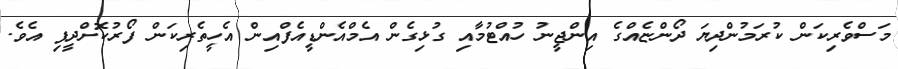
މަސްވެރިކަން ކުރަމުންދިޔަ ދޯންޏެއްގެ އިންޖީނު ހުއްޓުމާއި ގުޅިގެން އެމްއެންޑީއެފްއިން އެހީތެރިކަން ފޯރުކޮށްދީފި އެވެ.